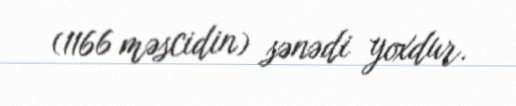
(1166 məscidin) sənədi yoxdur.